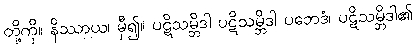
တို့ကို။ နိဿာယ၊ မှီ၍။ ပဋိသမ္ဘိဒါ ပဋိသမ္ဘိဒါ ပဘေဒံ၊ ပဋိသမ္ဘိဒါ၏